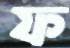
ফ